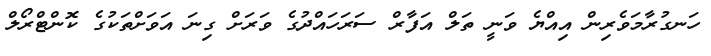
ހަނގުރާމަވެރިން އިއްޔެ ވަނީ ތަލް އަފާރް ސަރަހައްދުގެ ވަރަށް ގިނަ އަވަށްތަކުގެ ކޮންޓްރޯލް